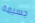
جسيمة